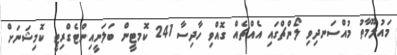
މައުލޫމާތު މުއްސަނދިވި ލޯންޗްގަައި އެއްޗެއް ގޮއްވި ހާދިސާ 241 ކޮމޓީން ބަލަނީއިންޓެގްރިޓީ ކޮމިޝަނަށް